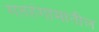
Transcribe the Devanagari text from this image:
गतहंगामातील